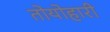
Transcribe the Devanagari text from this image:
तोयोहारी